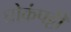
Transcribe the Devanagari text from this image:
घोकंपट्टी